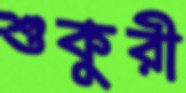
শুকুরী